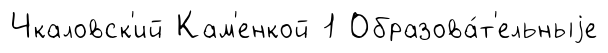
Чкаловск'ий Кам'енкой 1 Образова́т'ельныjе